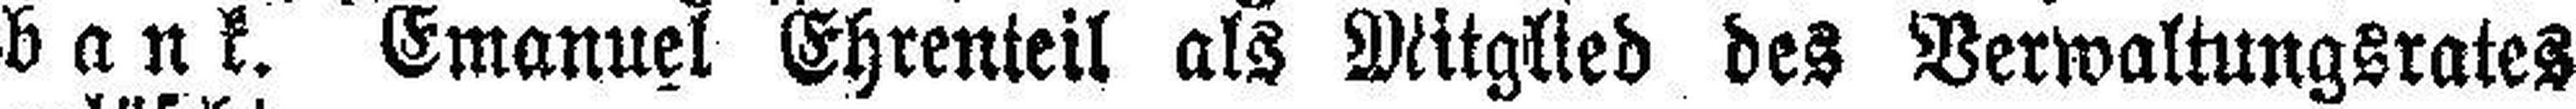
bank. Emanuel Ehrenteil als Mitglied des Verwaltungsrates